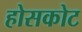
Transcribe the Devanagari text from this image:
होसकोट